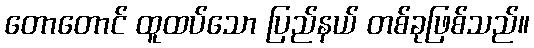
တောတောင် ထူထပ်သော ပြည်နယ် တစ်ခုဖြစ်သည်။